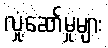
လှုံ့ဆော်မှုများ